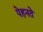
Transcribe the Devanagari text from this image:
पेहनते